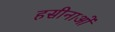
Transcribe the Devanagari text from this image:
हसीनाओं